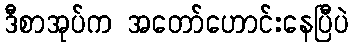
ဒီစာအုပ်က အတော်ဟောင်းနေပြီပဲ